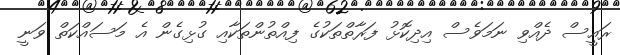
ރައީސް ދެއްވި ނަމަވެސް އިދިކޮޅު ފަރާތްތަކުގެ ފިއްތުންތަކާއި ގުޅިގެން އެ މަސައްކަތް ވަނީ